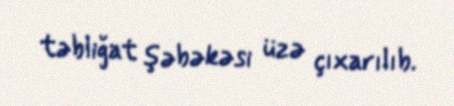
təbliğat şəbəkəsi üzə çıxarılıb.